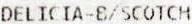
DELICIA-B/SCOTCH